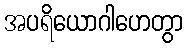
အပရိယောဂါဟေတွာ